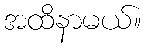
အထိနာမယ်။